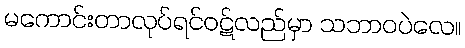
မကောင်းတာလုပ်ရင်ဝဋ်လည်မှာ သဘာဝပဲလေ။